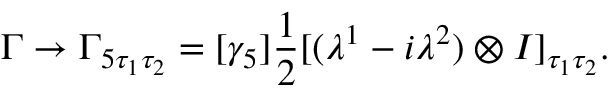
\Gamma \to \Gamma _ { 5 \tau _ { 1 } \tau _ { 2 } } = [ \gamma _ { 5 } ] { \frac { 1 } { 2 } } [ ( \lambda ^ { 1 } - i \lambda ^ { 2 } ) \otimes I ] _ { \tau _ { 1 } \tau _ { 2 } } .